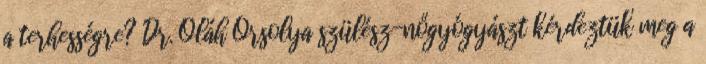
a terhességre? Dr. Oláh Orsolya szülész-nőgyógyászt kérdeztük meg a